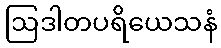
ဩဒါတပရိယေသနံ